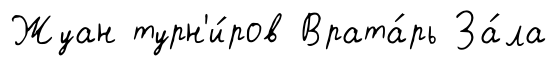
Жуан турн'и́ров Врата́рь За́ла